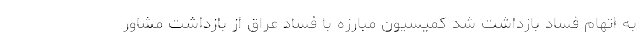
به اتهام فساد بازداشت شد کمیسیون مبارزه با فساد عراق از بازداشت مشاور